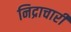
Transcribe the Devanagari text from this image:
निद्राचारी